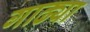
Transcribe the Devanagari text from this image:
गाढ्या